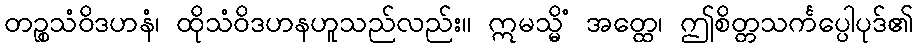
တဉ္စသံဝိဒဟနံ၊ ထိုသံဝိဒဟနဟူသည်လည်း။ ဣမသ္မိံ အတ္ထေ၊ ဤစိတ္တသင်္ကပ္ပေါပုဒ်၏